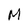
Character: M